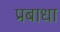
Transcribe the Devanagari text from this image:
प्रबाधा